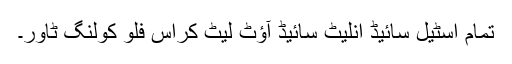
تمام اسٹیل سائیڈ انلیٹ سائیڈ آؤٹ لیٹ کراس فلو کولنگ ٹاور۔